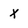
Character: x